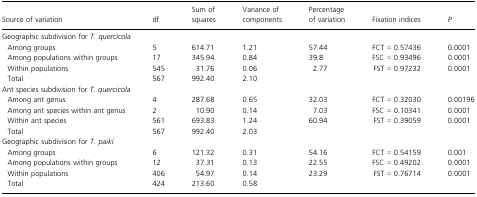
<table><thead><tr><td><b>Source of variation</b></td><td><b>df</b></td><td><b>Sum of squares</b></td><td><b>Variance of components</b></td><td><b>Percentage of variation</b></td><td><b>Fixation indices</b></td><td><b><i>P</i></b></td></tr></thead><tbody><tr><td colspan="7">Geographic subdivision for <i>T. quercicola</i></td></tr><tr><td> Among groups</td><td>5</td><td>614.71</td><td>1.21</td><td>57.44</td><td>FCT = 0.57436</td><td>0.0001</td></tr><tr><td> Among populations within groups</td><td>17</td><td>345.94</td><td>0.84</td><td>39.8</td><td>FSC = 0.93496</td><td>0.0001</td></tr><tr><td> Within populations</td><td>545</td><td>31.76</td><td>0.06</td><td>2.77</td><td>FST = 0.97232</td><td>0.0001</td></tr><tr><td> Total</td><td>567</td><td>992.40</td><td>2.10</td><td></td><td></td><td></td></tr><tr><td colspan="7">Ant species subdivision for <i>T. quercicola</i></td></tr><tr><td> Among ant genus</td><td>4</td><td>287.68</td><td>0.65</td><td>32.03</td><td>FCT = 0.32030</td><td>0.00196</td></tr><tr><td> Among ant species within ant genus</td><td>2</td><td>10.90</td><td>0.14</td><td>7.03</td><td>FSC = 0.10341</td><td>0.0001</td></tr><tr><td> Within ant species</td><td>561</td><td>693.83</td><td>1.24</td><td>60.94</td><td>FST = 0.39059</td><td>0.0001</td></tr><tr><td> Total</td><td>567</td><td>992.40</td><td>2.03</td><td></td><td></td><td></td></tr><tr><td colspan="7">Geographic subdivision for <i>T. paiki</i></td></tr><tr><td> Among groups</td><td>6</td><td>121.32</td><td>0.31</td><td>54.16</td><td>FCT = 0.54159</td><td>0.001</td></tr><tr><td> Among populations within groups</td><td>12</td><td>37.31</td><td>0.13</td><td>22.55</td><td>FSC = 0.49202</td><td>0.0001</td></tr><tr><td> Within populations</td><td>406</td><td>54.97</td><td>0.14</td><td>23.29</td><td>FST = 0.76714</td><td>0.0001</td></tr><tr><td> Total</td><td>424</td><td>213.60</td><td>0.58</td><td></td><td></td><td></td></tr></tbody></table>